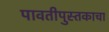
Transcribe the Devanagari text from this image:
पावतीपुस्तकाचा